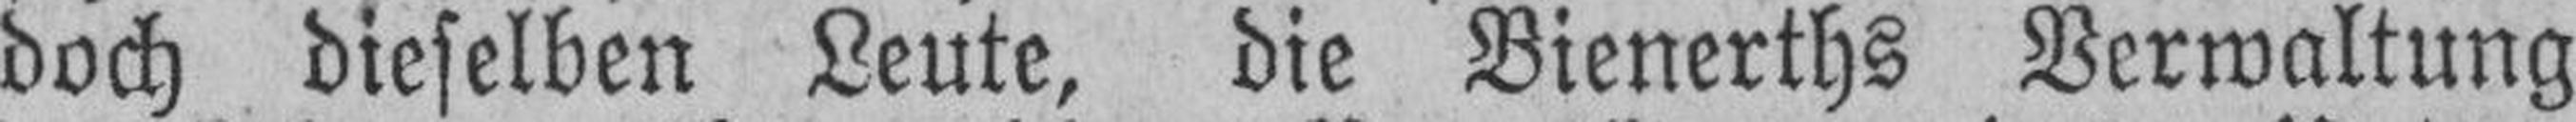
doch dieselben Leute, die Bienerths Verwaltung